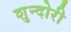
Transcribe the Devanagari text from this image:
शुन्दोरी